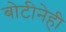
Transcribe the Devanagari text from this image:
बोटीनेही